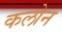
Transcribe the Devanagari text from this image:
कलोन